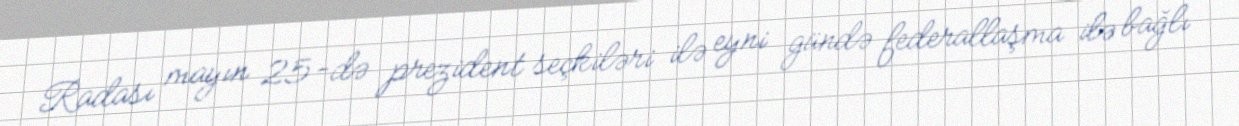
Radası mayın 25-də prezident seçkiləri ilə eyni gündə federallaşma ilə bağlı